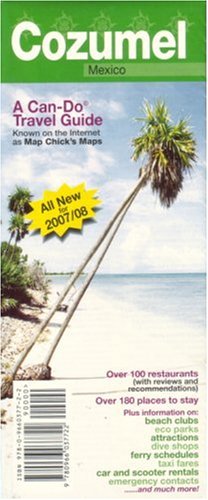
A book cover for Cozumel Can-Do Travel Guide & Map; Perry McFarlin; Travel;